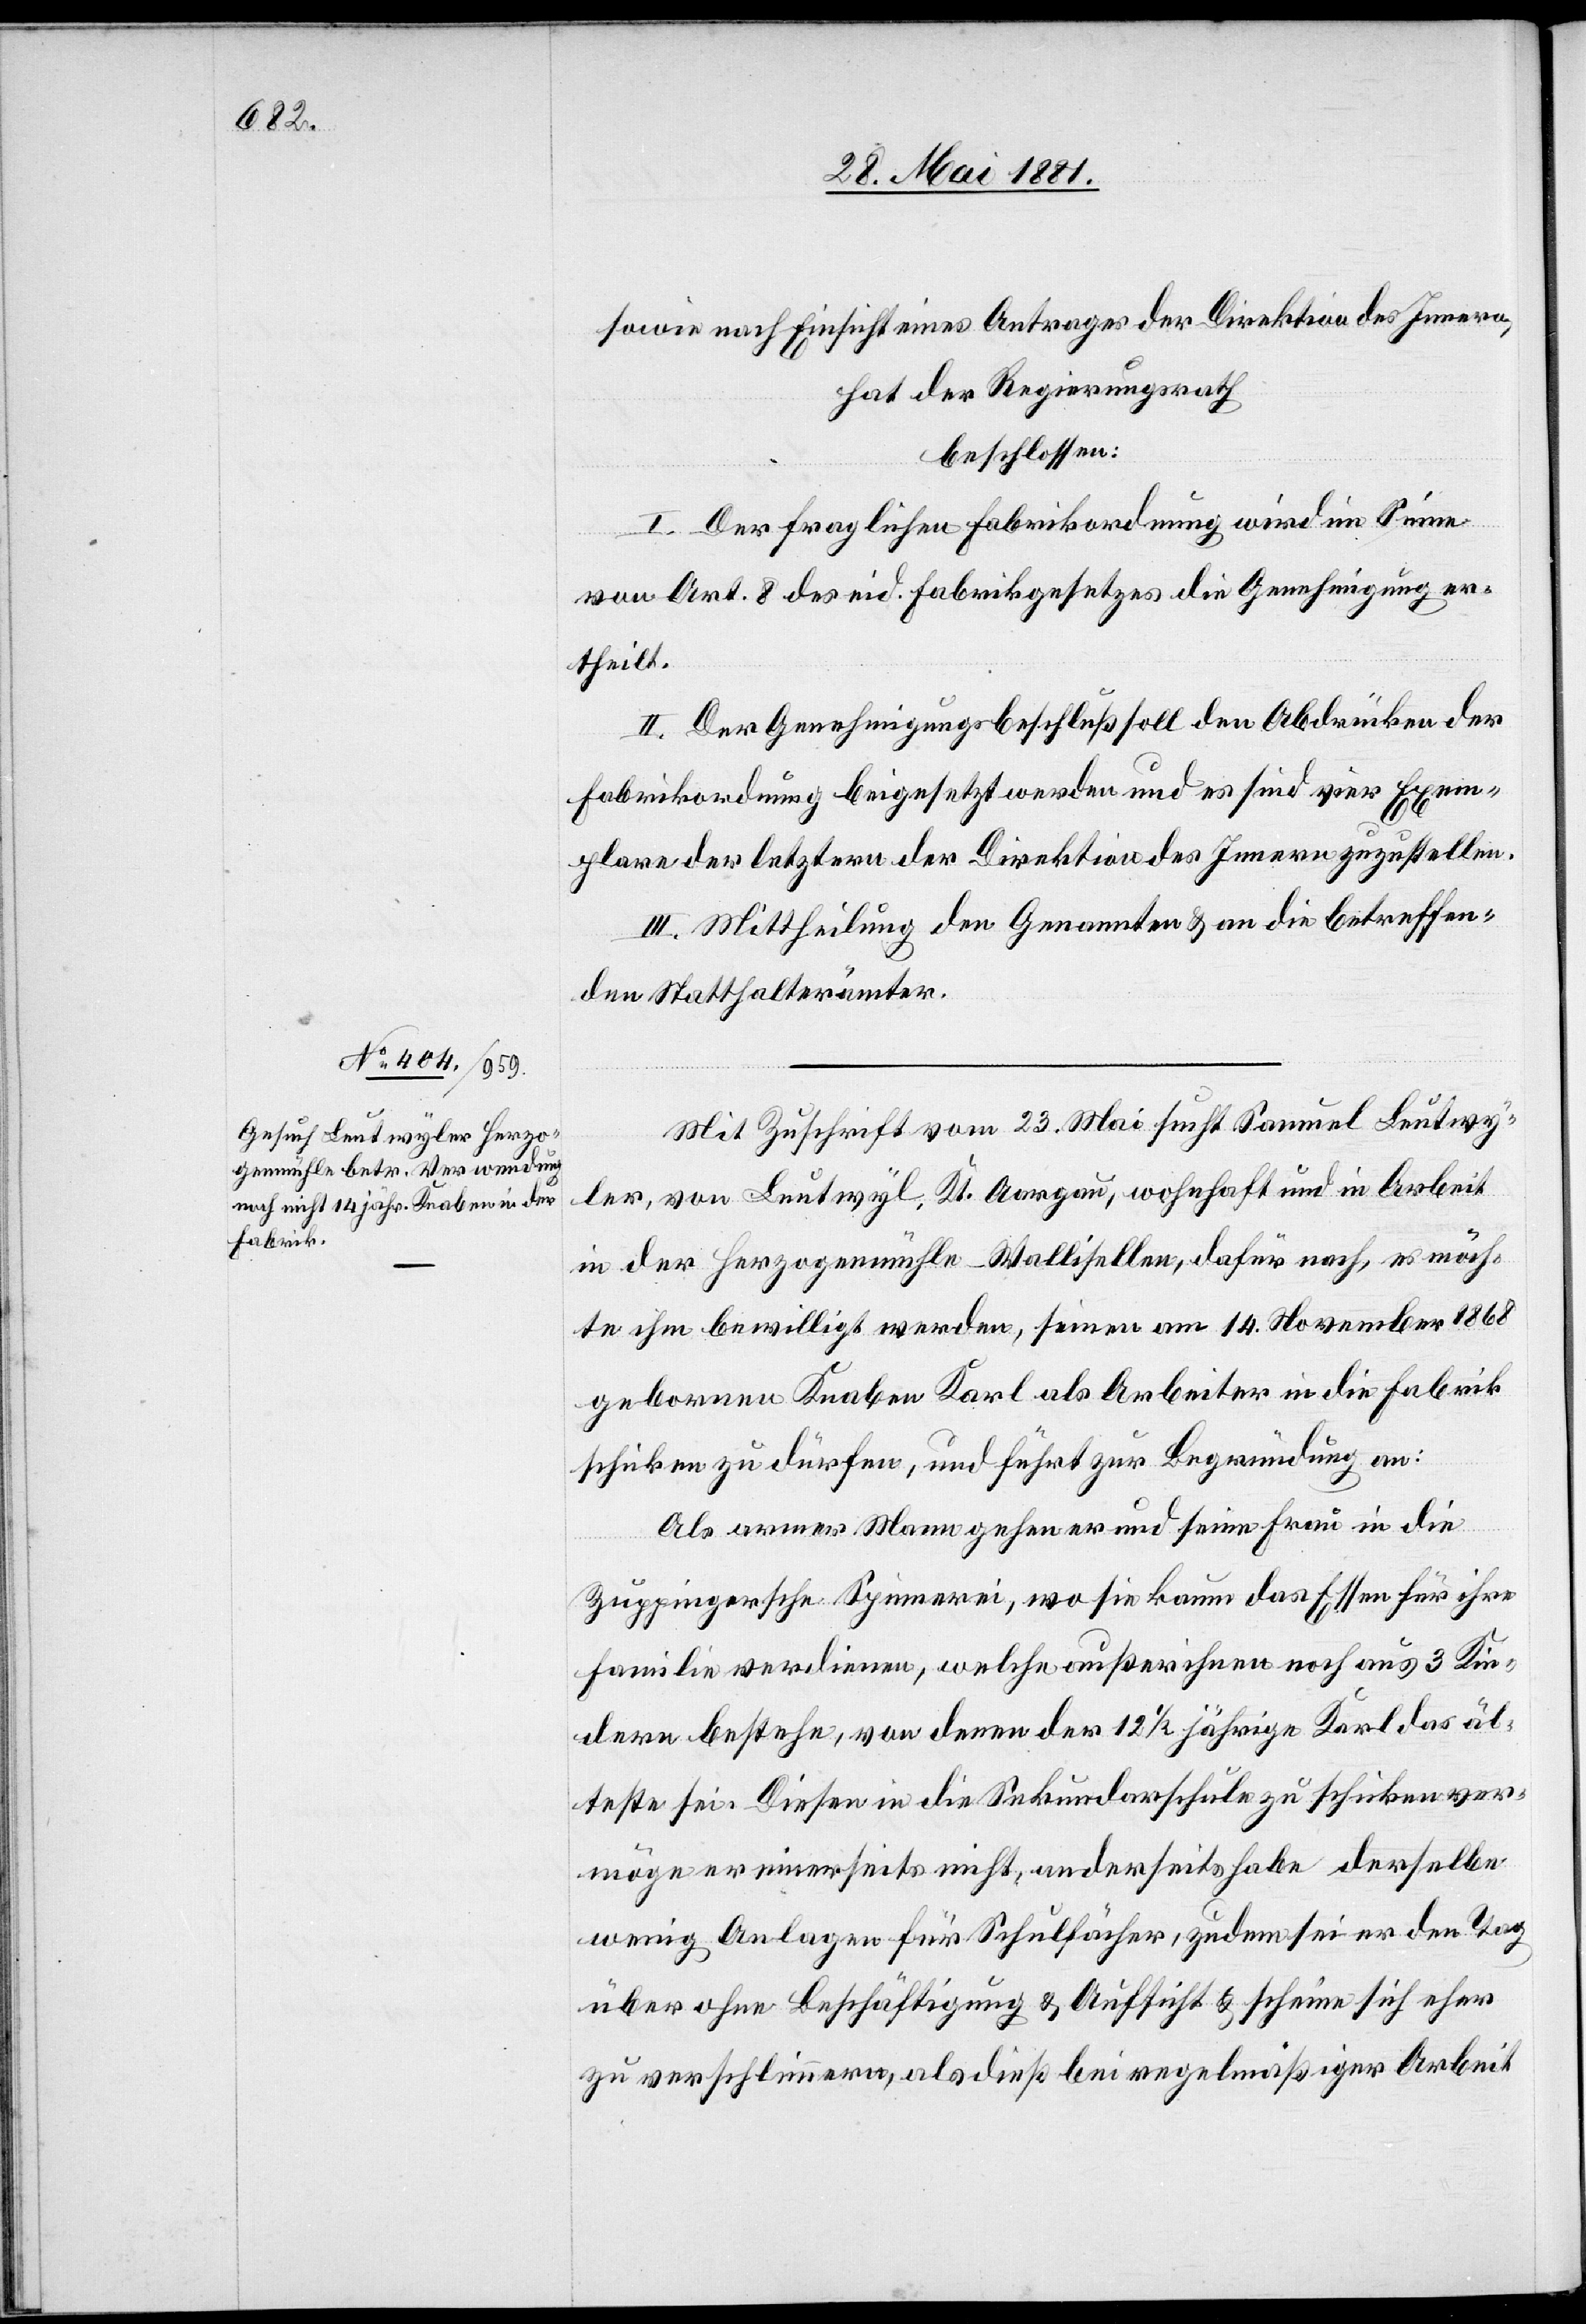
sowie nach Einsicht eines Antrages der Direktion des Innern,
hat der Regierungsrath
beschlossen:
I. Der fraglichen Fabrikordnung wird im Sinne
von Art. 8 des eid. Fabrikgesetzes die Genehmigung er¬
theilt.
II. Der Genehmigungsbeschluß soll den Abdrücken der
Fabrikordnung beigesetzt werden und es sind vier Exem¬
plare der letztern der Direktion des Innern zuzustellen.
III. Mittheilung den Genannten & an die betreffen¬
den Statthalterämtern.
Mit Zuschrift vom 23. Mai sucht Samuel Leutwy¬
ler, von Leutwyl, Kt. Aargau, wohnhaft und in Arbeit
in der Herzogenmühle - Wallisellen, dafür nach, es möch¬
te ihm bewilligt werden, seinen am 14. November 1868
geborenen Knaben Karl als Arbeiter in die Fabrik
schicken zu dürfen, und führt zur Begründung an:
Als armer Mann gehen er und seine Frau in die
Zuppingersche Spinnerei, wo sie kaum das Essen für ihre
Familie verdienen, welche außer ihnen noch aus 3 Kin¬
dern bestehe, von denen der 12 1/2 jährige Karl das äl¬
teste sei. Diesen in die Sekundarschule zu schicken ver¬
möge er einerseits nicht, anderseits habe derselbe
wenig Anlagen für Schulfächer, zudem sei er den Tag
über ohne Beschäftigung & Aufsicht & scheine sich eher
zu verschlimmern, als dieß bei regelmäßiger Arbeit